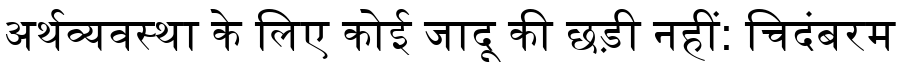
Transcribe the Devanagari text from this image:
अर्थव्यवस्था के लिए कोई जादू की छड़ी नहीं: चिदंबरम